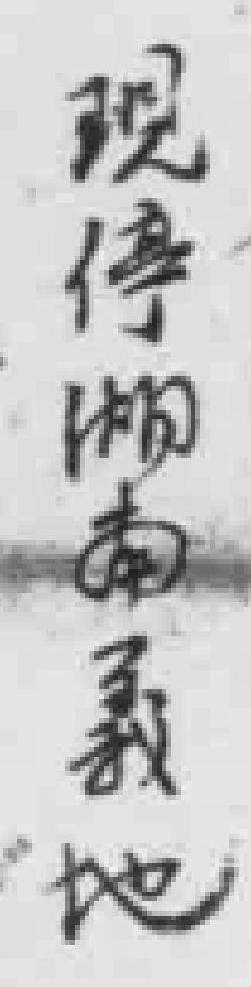
現停湖南義地